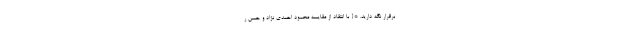
برقرار نگه دارید. *{ با انتقاد از مقایسه محمود احمدی نژاد و حسن ر